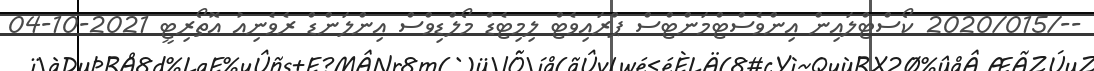
--/2020/015 ކޯސްޓްލައިން އިންވެސްޓްމަންޓްސް ޕްރައިވެޓް ލިމިޓެޑް މޯލްޑިވްސް އިންލަންޑް ރެވެނިއު އޮތޯރިޓީ 2021-10-04